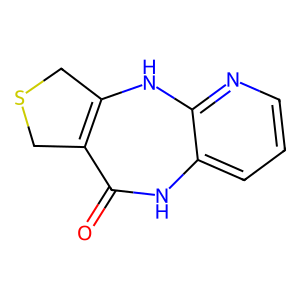
SMILES: O=C1Nc2cccnc2NC2=C1CSC2
Inhibits HIV replication: No